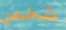
شخص